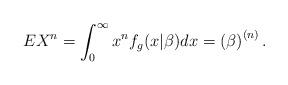
LaTeX: \begin{align*}EX^{n}=\int_{0}^{\infty }x^{n}f_{g}(x|\beta )dx=\left( \beta \right)^{\left( n\right) }. \end{align*}